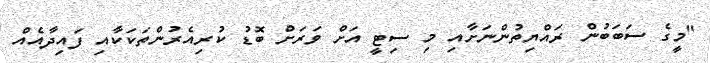
"މީގެ ސަބަބުން ރައްޔިތުންނަށާއި މި ސިޓީ އަށް ވަރަށް ބޮޑު ކުރިއެރުންތަކަކާއި ފައިދާއެއް